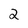
Character: 2